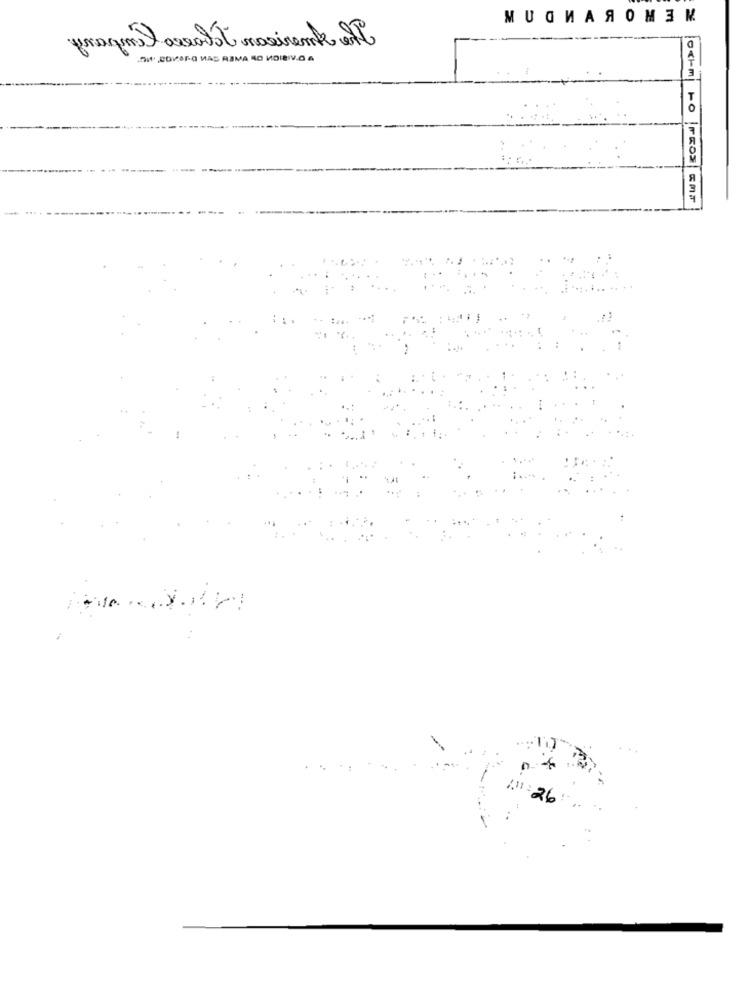
МИНИАЯОМЗК
fragenslaveatt nasirente ole
00,CONORO HAS REMA 40 VIDIEIVO A
2